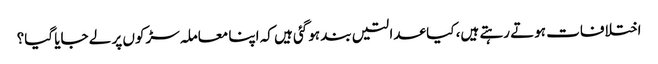
اختلافات ہوتے رہتے ہیں، کیا عدالتیں بند ہوگئی ہیں کہ اپنا معاملہ سڑکوں پر لے جایا گیا؟